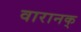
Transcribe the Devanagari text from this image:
वारानक्